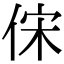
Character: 俕